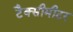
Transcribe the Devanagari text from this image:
टैक्सीमीटर